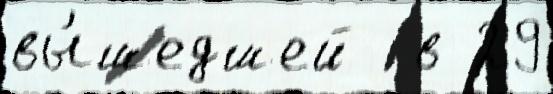
вы́шедшей  в 29